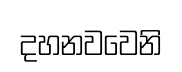
දහනවවෙනි